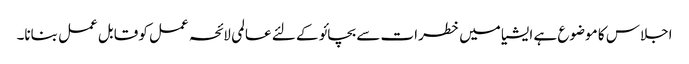
اجلاس کا موضوع ہے ایشیا میں خطرات سے بچائو کے لئے عالمی لائحہ عمل کو قابل عمل بنانا۔